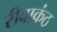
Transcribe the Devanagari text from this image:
रीवाकंठ